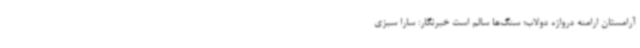
آرامستان ارامنه دروازه دولاب؛ سنگ‌ها سالم است خبرنگار: سارا سبزی